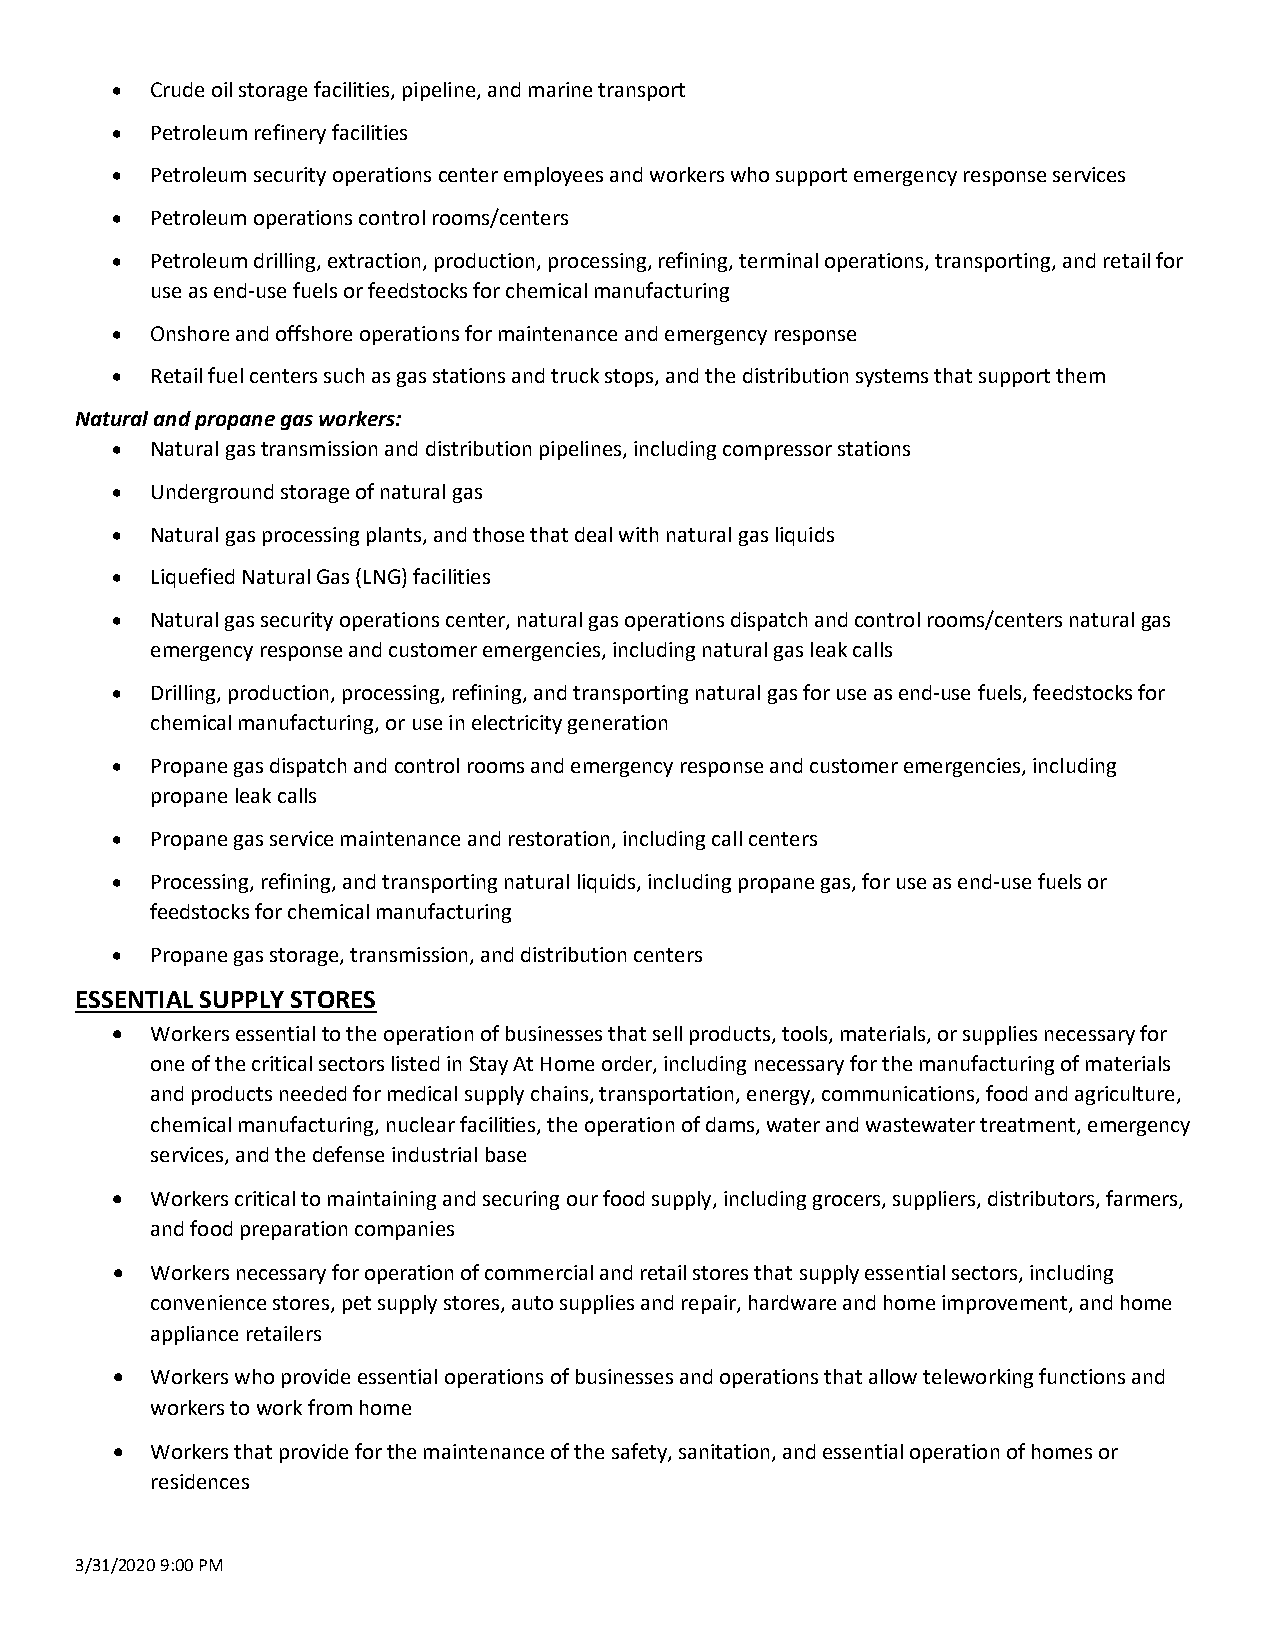
•  Crude oil storage facilities, pipeline, and marine transport
 •  Petroleum refinery facilities
 •  Petroleum security operations center employees and workers who support emergency response services
 •  Petroleum operations control rooms/centers
 •  Petroleum drilling, extraction, production, processing, refining, terminal operations, transporting, and retail for
 use as end-use fuels or feedstocks for chemical manufacturing
 •  Onshore and offshore operations for maintenance and emergency response
 •  Retail fuel centers such as gas stations and truck stops, and the distribution systems that support them
 Natural and propane gas workers:
 •  Natural gas transmission and distribution pipelines, including compressor stations
 •  Underground storage of natural gas
 •  Natural gas processing plants, and those that deal with natural gas liquids
 •  Liquefied Natural Gas (LNG) facilities
 •  Natural gas security operations center, natural gas operations dispatch and control rooms/centers natural gas
 emergency response and customer emergencies, including natural gas leak calls
 •  Drilling, production, processing, refining, and transporting natural gas for use as end-use fuels, feedstocks for
 chemical manufacturing, or use in electricity generation
 •  Propane gas dispatch and control rooms and emergency response and customer emergencies, including
 propane leak calls
 •  Propane gas service maintenance and restoration, including call centers
 •  Processing, refining, and transporting natural liquids, including propane gas, for use as end-use fuels or
 feedstocks for chemical manufacturing
 •  Propane gas storage, transmission, and distribution centers
 ESSENTIAL SUPPLY STORES
 •  Workers essential to the operation of businesses that sell products, tools, materials, or supplies necessary for
 one of the critical sectors listed in Stay At Home order, including necessary for the manufacturing of materials
 and products needed for medical supply chains, transportation, energy, communications, food and agriculture,
 chemical manufacturing, nuclear facilities, the operation of dams, water and wastewater treatment, emergency
 services, and the defense industrial base
 •  Workers critical to maintaining and securing our food supply, including grocers, suppliers, distributors, farmers,
 and food preparation companies
 •  Workers necessary for operation of commercial and retail stores that supply essential sectors, including
 convenience stores, pet supply stores, auto supplies and repair, hardware and home improvement, and home
 appliance retailers
 •  Workers who provide essential operations of businesses and operations that allow teleworking functions and
 workers to work from home
 •  Workers that provide for the maintenance of the safety, sanitation, and essential operation of homes or
 residences
 3/31/2020 9:00 PM